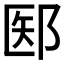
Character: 𫑝